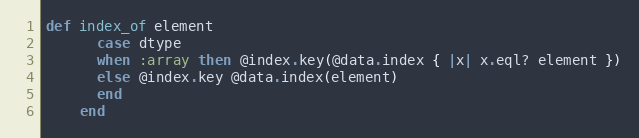
Language: Ruby
def index_of element
      case dtype
      when :array then @index.key(@data.index { |x| x.eql? element })
      else @index.key @data.index(element)
      end
    end